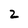
Character: 2